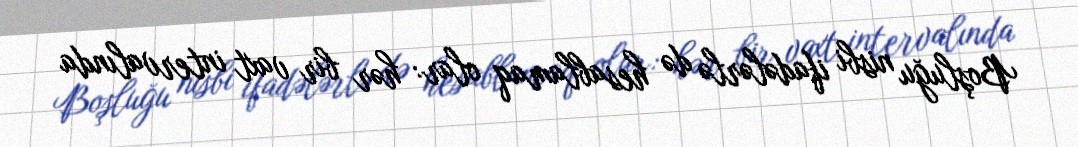
Boşluğu nisbi ifadələrlə də hesablamaq olar: hər bir vaxt intervalında